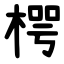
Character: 㮙